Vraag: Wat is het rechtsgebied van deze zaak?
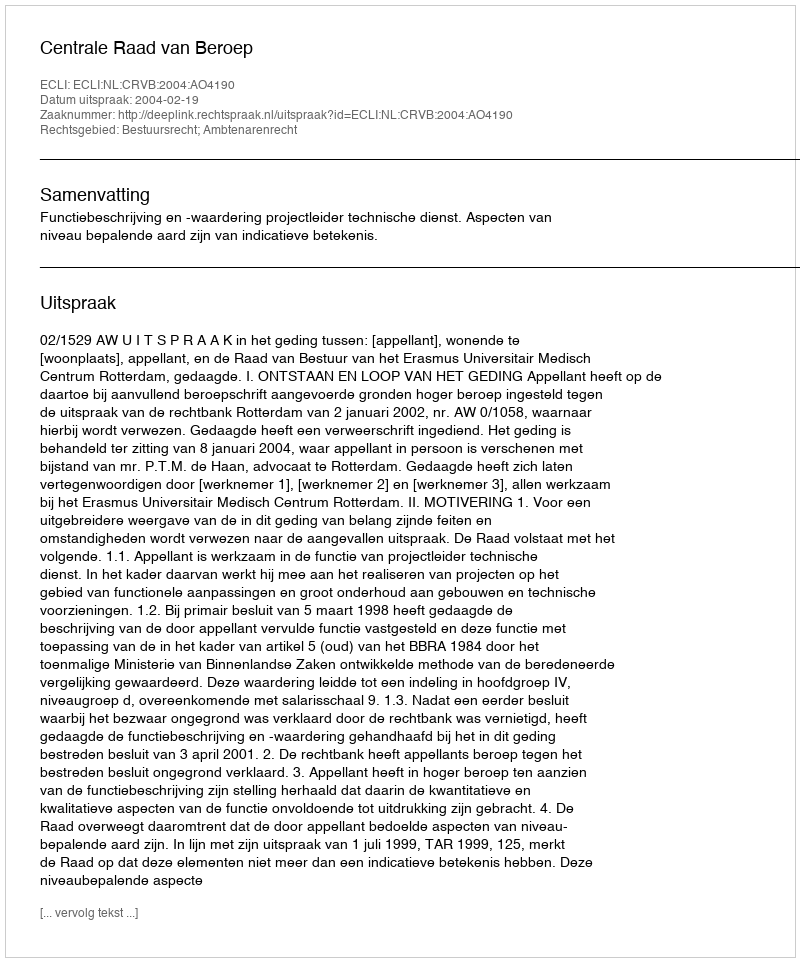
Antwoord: Bestuursrecht; Ambtenarenrecht